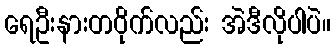
ရေဦးနားတဝိုက်လည်း အဲဒီလိုပါပဲ။